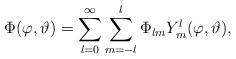
\begin{align*}\Phi(\varphi, \vartheta) =\sum_{l=0}^{\infty} \sum_{m=-l}^{l} \Phi_{lm} Y^l_m(\varphi, \vartheta),\end{align*}